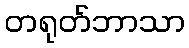
တရုတ်ဘာသာ